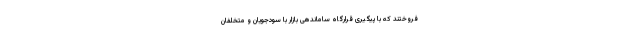
فروختند که با پیگیری قرارگاه ساماندهی بازار با سودجویان و متخلفان